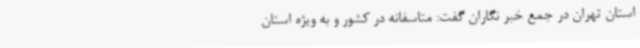
استان تهران در جمع خبر نگاران گفت: متاسفانه در کشور و به ویژه استان